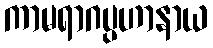
ကာမရာဂပ္ပဟာနာယ